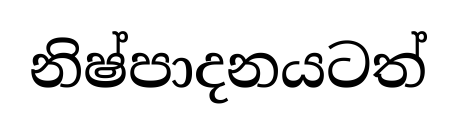
නිෂ්පාදනයටත්